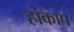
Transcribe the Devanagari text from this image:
हाकाप